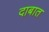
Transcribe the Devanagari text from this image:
दाबात